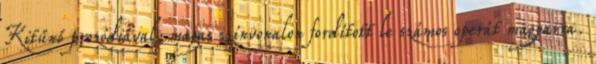
Kitűnő prozódiával, magas színvonalon fordított le számos operát magyarra.